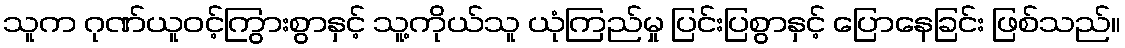
သူက ဂုဏ်ယူဝင့်ကြွားစွာနှင့် သူ့ကိုယ်သူ ယုံကြည်မှု ပြင်းပြစွာနှင့် ပြောနေခြင်း ဖြစ်သည်။